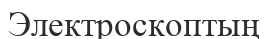
Электроскоптың